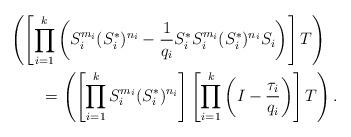
LaTeX: \begin{align*}&\left(\left[\prod_{i=1}^k\left(S_i^{m_i}(S_i^*)^{n_i}-\frac{1}{q_i} S_i^*S_i^{m_i}(S_i^*)^{n_i}S_i\right)\right] T\right) \\&\qquad= \left(\left[\prod_{i=1}^k S_i^{m_i}(S_i^*)^{n_i}\right] \left[\prod_{i=1}^k\left(I-\frac{\tau_i}{q_i}\right)\right] T\right).\end{align*}